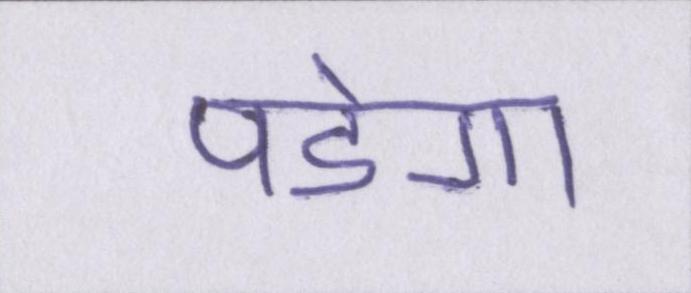
पडेगा